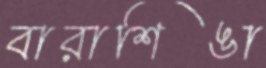
বারাশিঙা